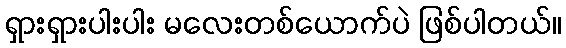
ရှားရှားပါးပါး မလေးတစ်ယောက်ပဲ ဖြစ်ပါတယ်။